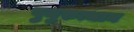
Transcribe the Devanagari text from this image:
पुनुरुत्थान